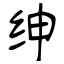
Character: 绅